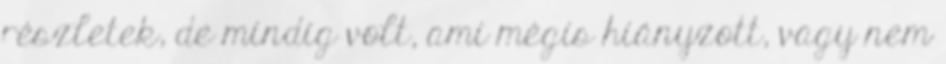
részletek, de mindig volt, ami mégis hiányzott, vagy nem